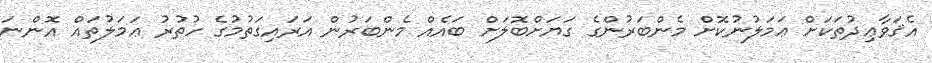
އެޤަވާޢިދުތަކަށް ޢަމަލުނުކޮށް މެންބަރުންގެ ގަޔަށްބޮލަށް ބައެއް މެންބަރުން އަރައިގަތުމުގެ ހުތުރު ޢަމަލުތައް އޮންނަ